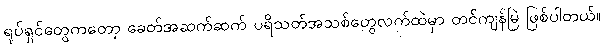
ရုပ်ရှင်တွေကတော့ ခေတ်အဆက်ဆက် ပရိသတ်အသစ်တွေလက်ထဲမှာ တင်ကျန်မြဲ ဖြစ်ပါတယ်။